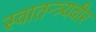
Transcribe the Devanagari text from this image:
स्वातन्त्र्यवीर